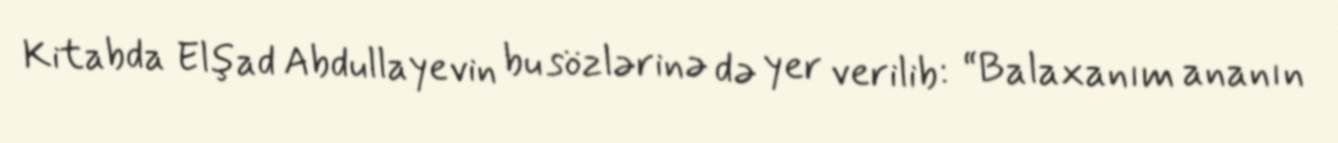
Kitabda Elşad Abdullayevin bu sözlərinə də yer verilib: “Balaxanım ananın